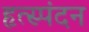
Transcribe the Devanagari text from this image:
हृत्स्पंदन